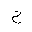
Letter: _ha